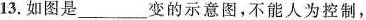
13.如图是___变的示意图，不能人为控制，